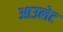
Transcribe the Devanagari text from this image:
आउलेट